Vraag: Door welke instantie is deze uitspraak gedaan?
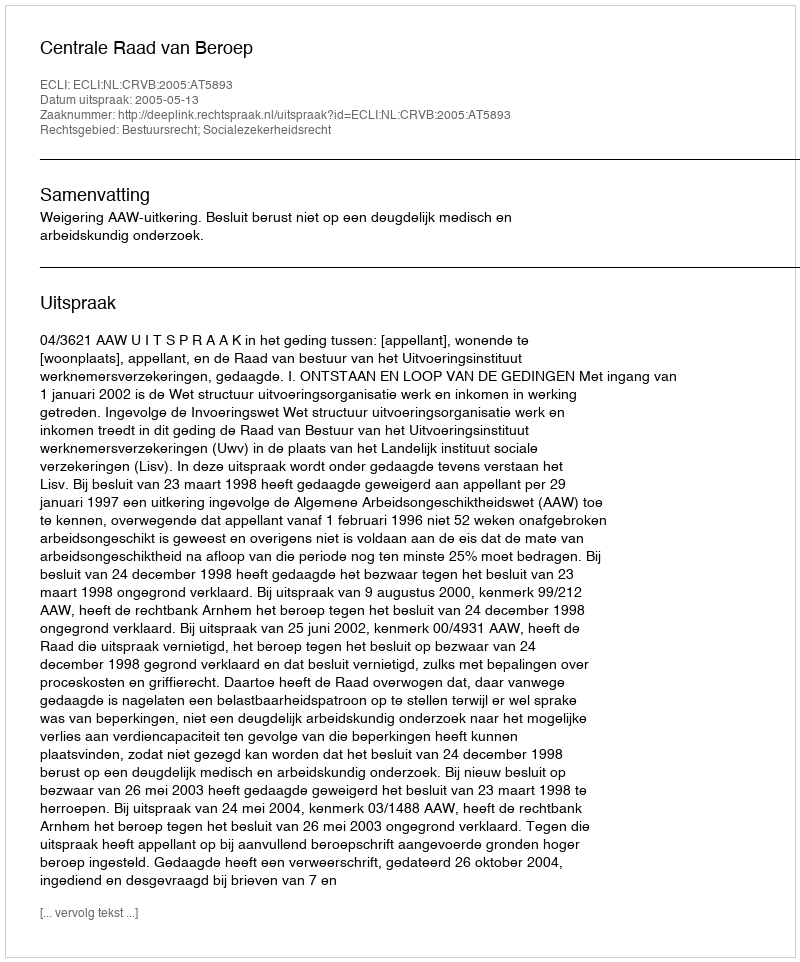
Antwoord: Centrale Raad van Beroep